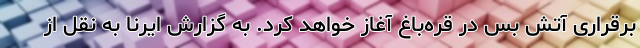
برقراری آتش‌ بس در قره‌باغ آغاز خواهد کرد. به گزارش ایرنا به نقل از